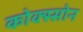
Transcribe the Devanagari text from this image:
कोक्स्सोन